Report on sanitation, dispensaries, and jails in Rajputana for 1921, and on vaccination for the year 1921-1922 - 1921-1922
Year: 1921
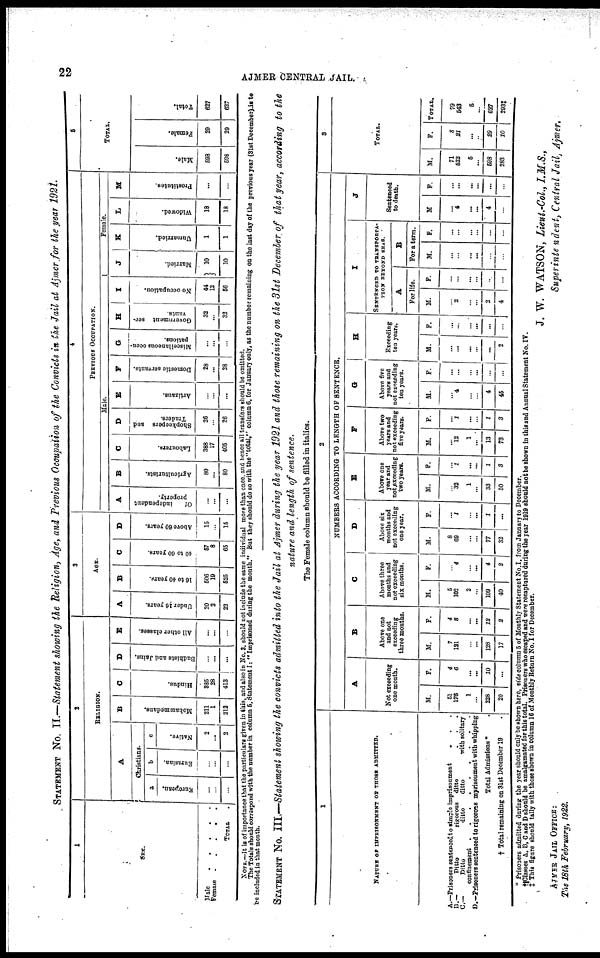
22
AJMER CENTRAL JAIL.
STATEMENT No. II.—Statement showing the Religion, Age, and Previous Occupation of the Convicts in the Jail at Ajmer for the year 1921.
1
SEX.
Male.....
Female.....
TOTAL.
2
RELIGION.
A
Christians.
a
European.
...
...
...
b
Eurasian.
...
...
...
c
Native.
2
...
2
B
Mohammedans.
211
1
212
C
Hindus.
385
28
413
D
Budhists and Jains.
...
...
...
E
All other classes.
...
...
...
3
AGE.
A
Under 16 years.
20
2
23
B
16 to 40 years.
506
19
525
C
40 to 60 years.
57
8
65
D
Above 60 years.
15
...
15
4
PREVIOUS OCCUPATION.
Male.
A
Of
independent
property.
...
...
...
B
Agriculturists.
80
...
80
C
Labourers.
388
17
405
D
Shopkeepers and
Traders.
26
...
26
E
Artizaus.
...
...
...
F
Domestic servants.
28
...
28
G
Miscellaneous occu-
pations.
...
...
...
H
Government ser-
vants.
32
...
32
I
No occupation.
44
12
56
Female.
J
Married.
10
10
K
Unmarried.
1
1
L
Widowed.
18
18
M
Prostitutes.
...
...
5
TOTAL.
Male.
598
598
Female.
29
29
Total.
627
627
NOTE.—It is of importance that the particulars given in this, and also in No. 3, should not include the same individual more than once, and hence all transfers should be omitted.
The Totals should correspond with the number in column 5, Statement I: "Imprisoned during the month." but they should do so with the "total," column 6, for January only, as the number remaining on the last day of the previous year (31st December) is to
be included in that month.
STATEMENT No. III,—Statement showing the convicts admitted into the Jail at Ajmer during the year 1921 and those remaining on the 31st December of that year, according to the
nature and length of sentence.
The Female column should be filled in italics.
1
NATURE OF IMPRISONMENT OF THOSE ADMITTED.
A.—Prisoners sentenced to simple imprisonment...
B.—
Ditto
rigorous ditto...
C—
Ditto
ditto
ditto
with solitary
confinement
D.—Prisoners sentenced to rigorous mprisonment with whipping
Total Admissions *
.
† Total remaining on 31st December 19
.
2
NUMBERS ACCORDING TO LENGTH OF SENTENCE.
A
Not exceeding
one month.
M.
51
176
1
...
228
20
F.
4
6
...
...
10
...
B
Above one
and not
exceeding
three months.
M.
7
121
...
...
128
17
F.
4
8
...
...
12
2
C
Above three
months and
not exceeding
six months.
M.
5
102
2
...
109
40
F.
...
4
...
...
4
2
D
Above six
months and
not exceeding
one year.
M.
8
69
...
...
77
32
F.
...
1
...
...
1
...
E
Above one
year and
not exceeding
two years.
M.
...
32
1
...
33
50
F.
...
1
...
...
1
3
F
Above two
years and
not exceeding
five years.
M.
...
12
1
...
13
73
F.
...
1
...
...
1
3
G
Above five
years and
not exceeding
ten years.
M.
...
4
...
...
4
45
F.
...
...
...
...
...
...
H
Exceeding
ten years.
M.
...
...
...
...
...
2
F.
...
...
...
...
...
...
I
SENTENCED TO TRANSPORTA¬
TION BEYOND SEAS.
A
For life.
M.
...
2
...
...
2
4
F.
...
...
...
...
...
...
B
For a term.
M.
...
...
...
...
...
...
F.
...
...
...
...
...
...
J
Sentenced
to death.
M
...
4
...
...
4
...
F.
...
...
...
...
...
...
3
TOTAL.
M.
71
522
5
...
698
283
F.
8
21
...
...
29
10
TOTAL.
79
543
5
...
627
293‡
* Prisoners admitted during the year should only be shown here, vide column 5 of Monthly Statement No.I, from January to December.
† Classes A, B, C and D should be amalgamated for this total. Prisoners who escaped and were recaptured during the year 1919 should not be shown in this and Annual Statement No. IV.
‡ This figure should tally with those shown is column 16 of Monthly Return No. I for December.
J. W. WATSON, Lieut.-Col., I.M.S.,
Superintendent,
Central Jail, Ajmer.
AJMER JAIL OFFICE:
The 18th February, 1922.